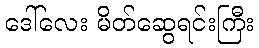
ဒေါ်လေး မိတ်ဆွေရင်းကြီး